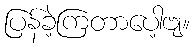
ပြန်ခဲ့ကြတာပေါ့ဗျ။